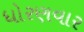
ધોરણવાર